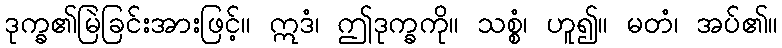
ဒုက္ခ၏မြဲခြင်းအားဖြင့်။ ဣဒံ၊ ဤဒုက္ခကို။ သစ္စံ၊ ဟူ၍။ မတံ၊ အပ်၏။